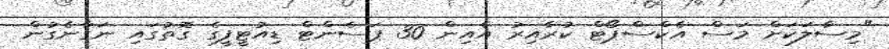
"މިސާލަކަށް މަސް އެކްސްޕޯޓް ކުރާއިރު އެއިން 30 ޕަސެންޓް ޑިއުޓީފީގެ ގޮތުގައި ނަގާނެގުން